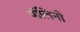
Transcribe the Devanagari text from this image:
पॉलिनो